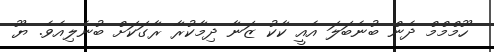
ހޫމްމްމް ދެން ބުނެބަލަ އެއީ ކާކު ޒަނާ ދިމާކުރާ ރާގަކަށް ބުނެލިއެވެ. ޔޫ